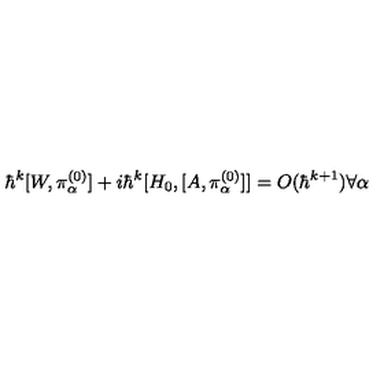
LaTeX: \hbar ^ { k } [ W , \pi _ { \alpha } ^ { ( 0 ) } ] + i \hbar ^ { k } [ H _ { 0 } , [ A , \pi _ { \alpha } ^ { ( 0 ) } ] ] = O ( \hbar ^ { k + 1 } ) \forall \alpha